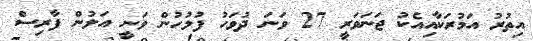
އިތުރު އަމުރަކާއިއެކު ޖަނަވަރީ 27 ވަނަ ދުވަހު ފުލުހުން ވަނީ އަލުން ފާރިސް